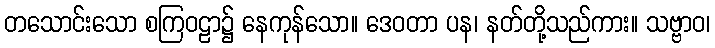
တသောင်းသော စကြဝဠာ၌ နေကုန်သော။ ဒေဝတာ ပန၊ နတ်တို့သည်ကား။ သဗ္ဗာဝ၊